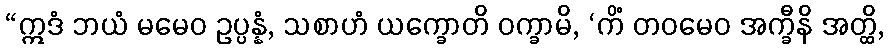
“ဣဒံ ဘယံ မမေဝ ဥပ္ပန္နံ, သစာဟံ ယက္ခောတိ ဝက္ခာမိ, ‘ကိံ တဝမေဝ အက္ခီနိ အတ္ထိ,